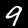
Label: 9